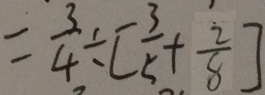
= \frac { 3 } { 4 } \div [ \frac { 3 } { 5 } + \frac { 2 } { 8 } ]